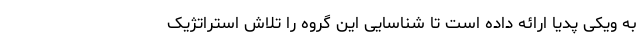
به ویکی پدیا ارائه داده است تا شناسایی این گروه را تلاش استراتژیک